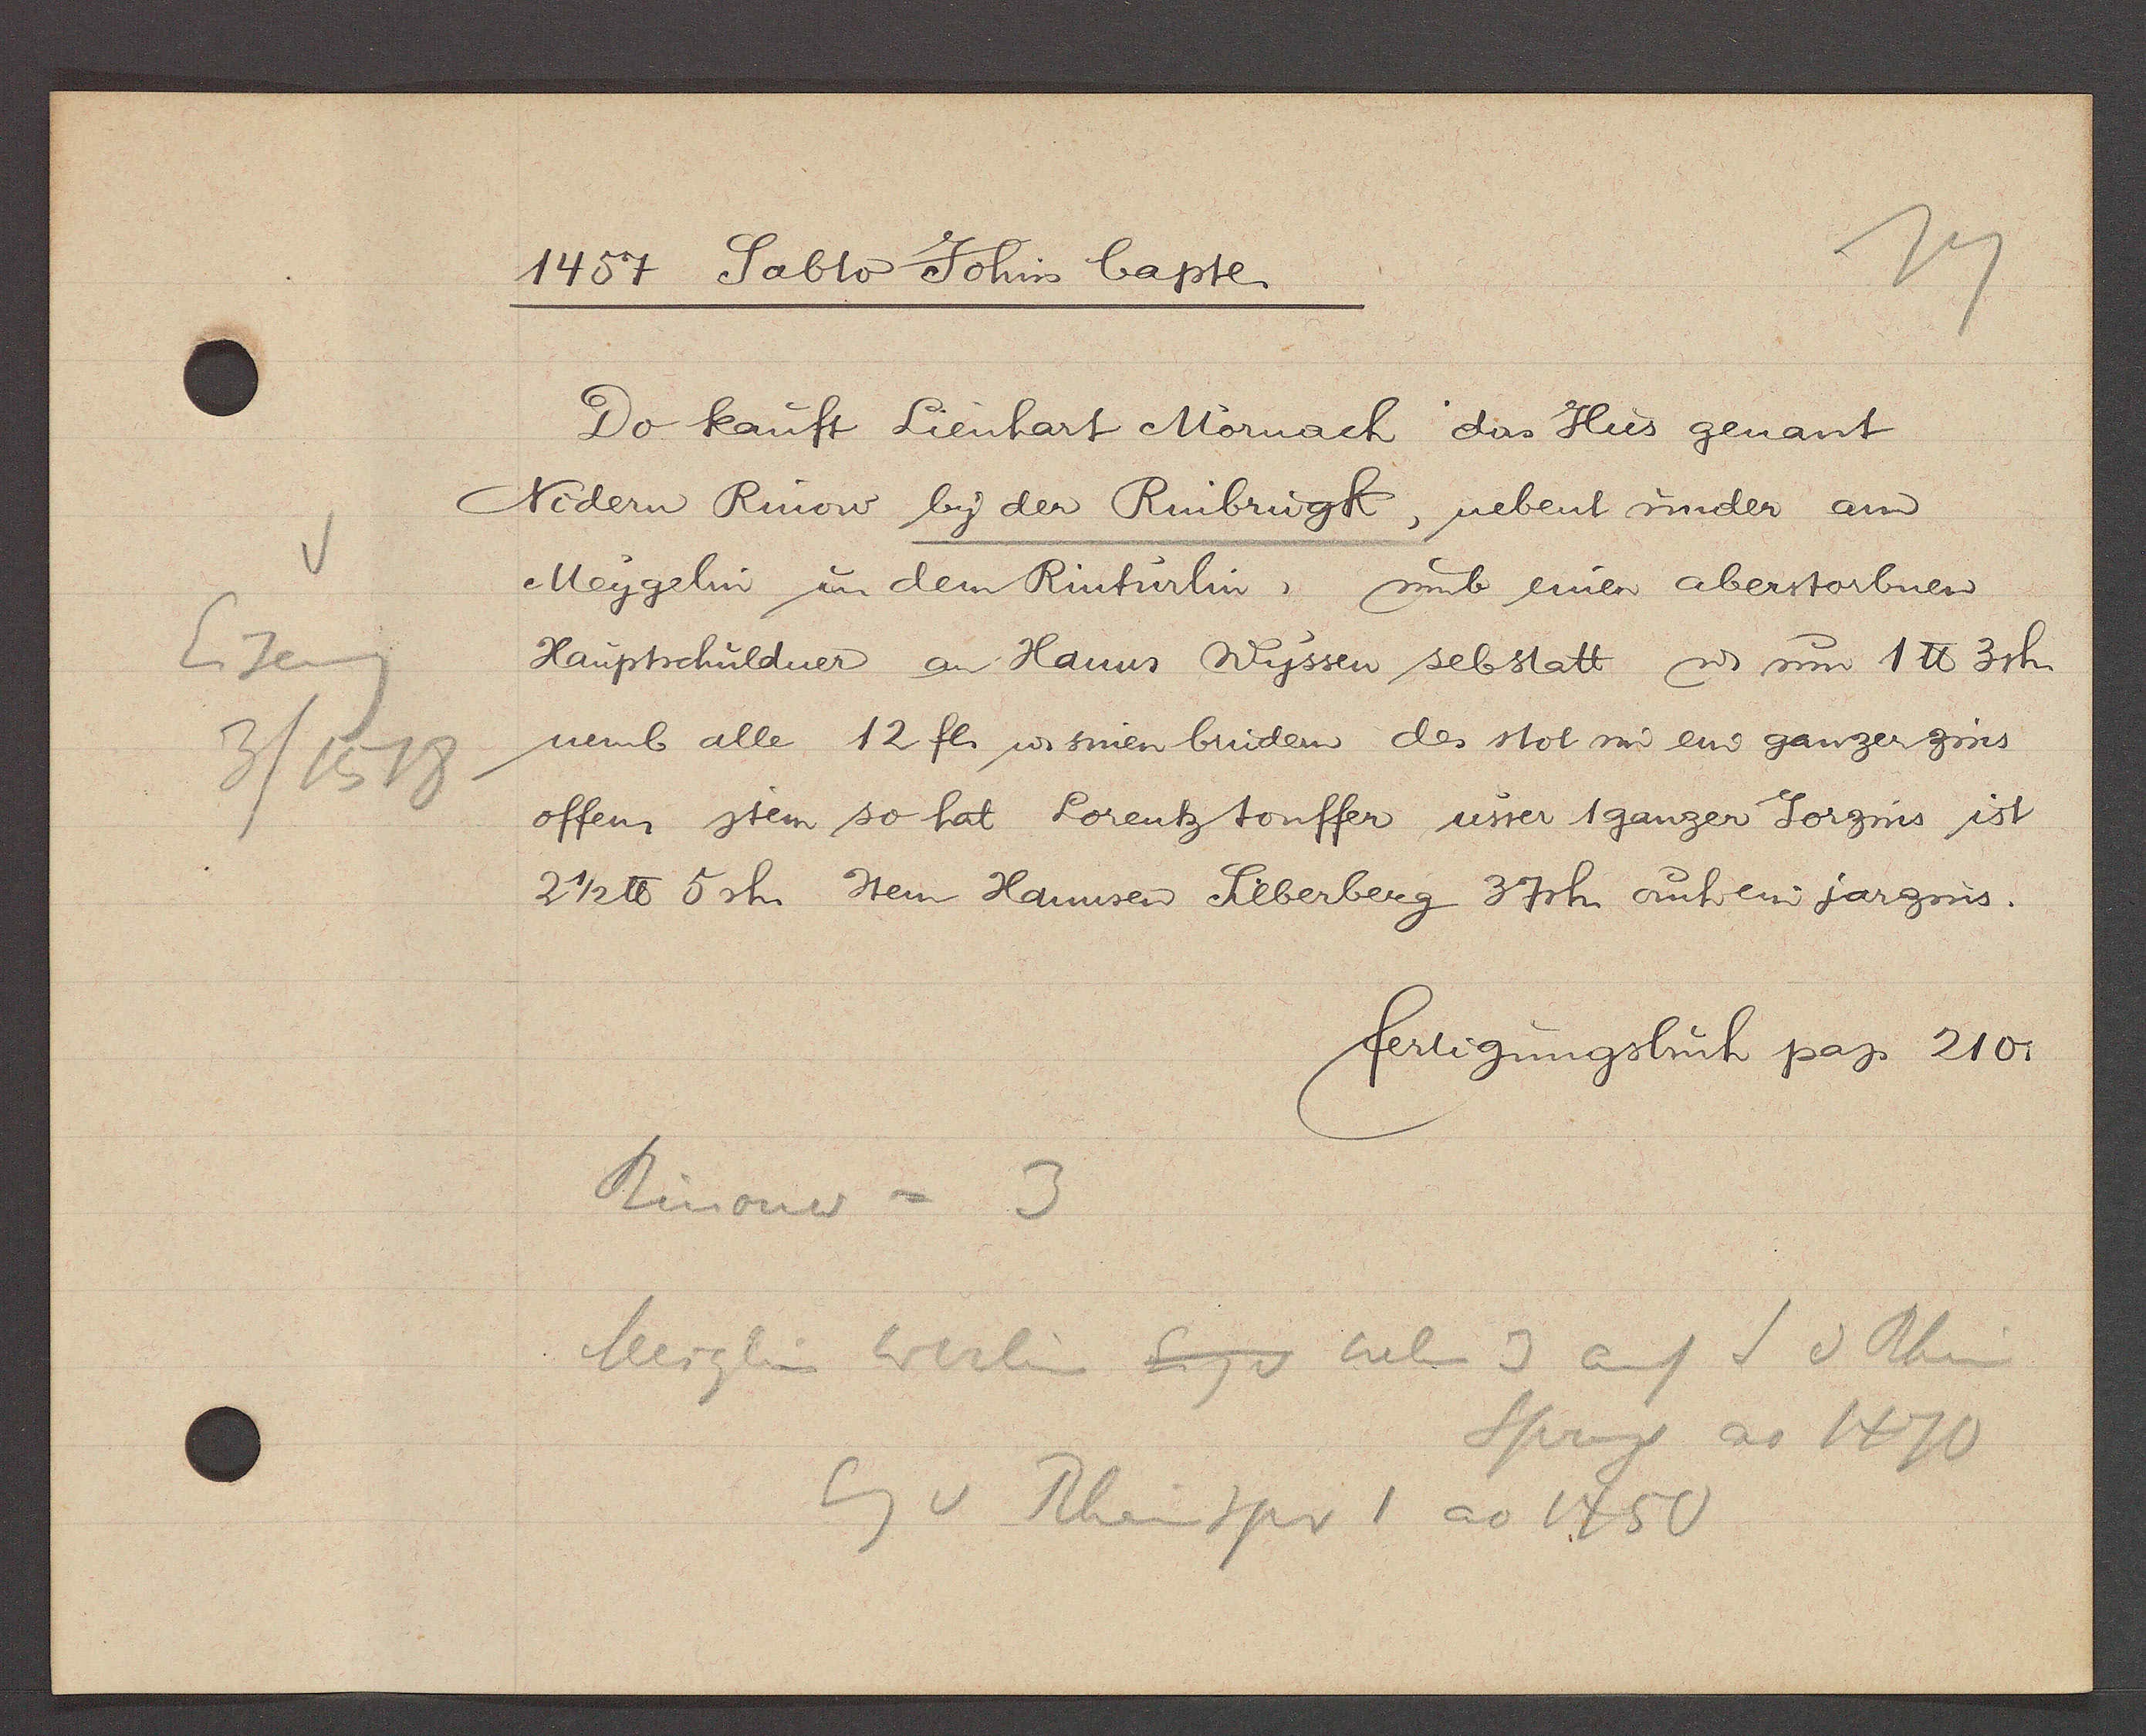
Transcript:
Eiseng
3/1518

1457 Sabto Johin bapte

Do kauft Lienhart Mornach das Hus genant
Nidern Rinow by der Rinbrugk, nebent under am
Meygelin in dem Rintürlin, umb einen aberstorbnen
Hauptschuldner an Hanns Wyssen sebstatt ư um 1℔ 3sh.
umb alle 12 fl. ư sinen binden des stot im ein ganzer zins
offen Item so hat Lorentz touffer usser 1 ganzer Jorzins ist
2 1/2 ℔ 5 sh Item Hannsen Sieberberg 37 sh. auf ein jarzins.

fertigungsbuch pag 210.

Rinow = 3
Meiglin werlin Eig v neben 3 auf I d Rhin
Sprung ao 1470
Eg v Rheinspr 1 ao 1450